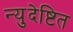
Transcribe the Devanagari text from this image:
न्युदेष्टित